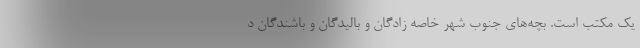
یک مکتب است. بچه‌های جنوب شهر خاصه زادگان و بالیدگان و باشندگان د